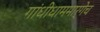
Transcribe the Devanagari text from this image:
गांधीधाममार्गेच